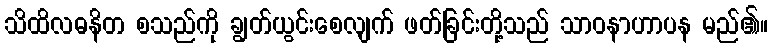
သိထိလဓနိတ စသည်ကို ချွတ်ယွင်းစေလျက် ဖတ်ခြင်းတို့သည် သာဝနာဟာပန မည်၏။